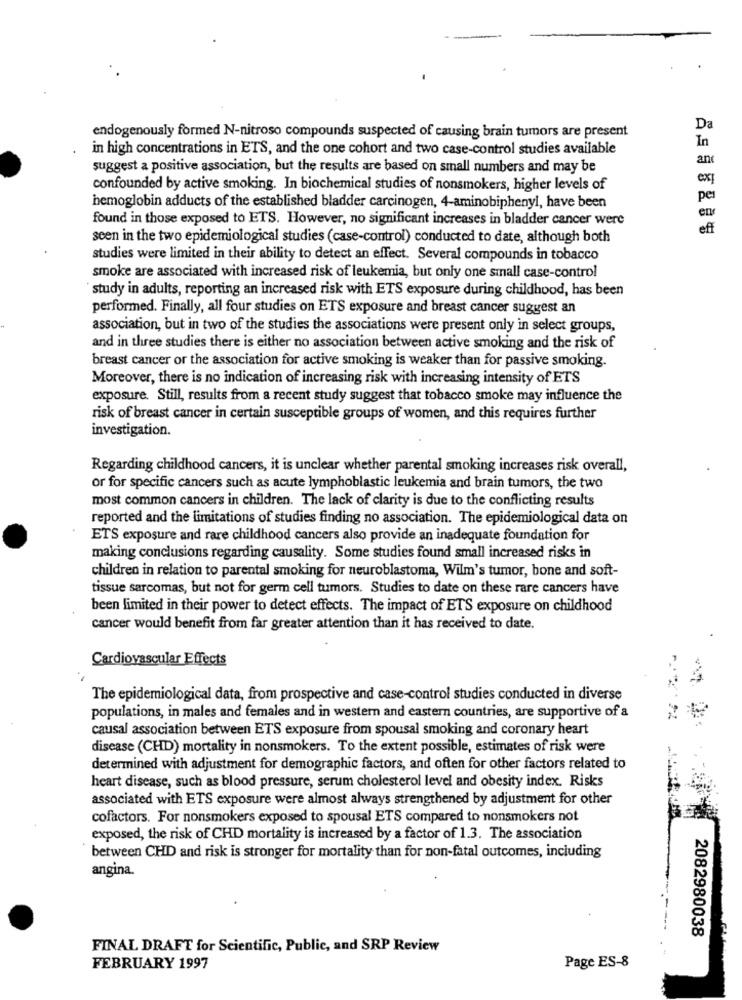
Da
endogenously formed N-nitroso compounds suspected of causing brain tumors are present
In
in high concentrations in ETS, and the one cohort and two case-control studies available
anc
suggest a positive association, but the results are based on small numbers and may be
confounded by active smoking. In biochemical studies of nonsmokers, higher levels of
per
hemoglobin adducts of the established bladder carcinogen, 4-aminobiphenyl, have been
found in those exposed to ETS. However, no significant increases in bladder cancer were
eff
seen in the two epidemiological studies (case-control) conducted to date, although both
studies were limited in their ability to detect an effect. Several compounds in tobacco
smoke are associated with increased risk of leukemia, but only one small case-control
study in adults, reporting an increased risk with ETS exposure during childhood, has been
performed. Finally, all four studies on ETS exposure and breast cancer suggest an
association, but in two of the studies the associations were present only in select groups,
and in three studies there is either no association between active smoking and the risk of
breast cancer or the association for active smoking is weaker than for passive smoking.
Moreover, there is no indication of increasing risk with increasing intensity of ETS
exposure. Still, results from a recent study suggest that tobacco smoke may influence the
risk of breast cancer in certain susceptible groups of women, and this requires further
investigation.
Regarding childhood cancers, it is unclear whether parental smoking increases risk overall,
or for specific cancers such as acute lymphoblastic leukemia and brain tumors, the two
most common cancers in children. The lack of clarity is due to the conflicting results
reported and the limitations of studies finding no association. The epidemiological data on
ETS exposure and rare childhood cancers also provide an inadequate foundation for
making conclusions regarding causality. Some studies found small increased risks in
children in relation to parental smoking for neuroblastoma, Wilm's tumor, bone and soft-
tissue sarcomas, but not for germ cell tumors. Studies to date on these rare cancers have
been limited in their power to detect effects. The impact of ETS exposure on childhood
cancer would benefit from far greater attention than it has received to date.
Cardiovascular Effects
The epidemiological data, from prospective and case-control studies conducted in diverse
populations, in males and females and in western and eastern countries, are supportive of a
causal association between ETS exposure from spousal smoking and coronary heart
disease (CHD) mortality in nonsmokers. To the extent possible, estimates of risk were
determined with adjustment for demographic factors, and often for other factors related to
heart disease, such as blood pressure, serum cholesterol level and obesity index. Risks
associated with ETS exposure were almost always strengthened by adjustment for other
cofactors. For nonsmokers exposed to spousal ETS compared to nonsmokers not
exposed, the risk of CHD mortality is increased by a factor of 1.3. The association
between CHD and risk is stronger for mortality than for non-fatal outcomes, including
angina.
2082980038
FINAL DRAFT for Scientific, Public, and SRP Review
FEBRUARY 1997
Page ES-8